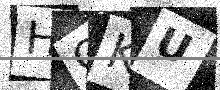
Text: HOKU